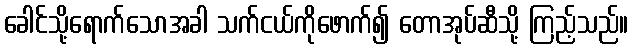
ခေါင်သို့ရောက်သောအခါ သက်ငယ်ကိုဖောက်၍ တောအုပ်ဆီသို့ ကြည့်သည်။